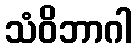
သံဝိဘာဂါ